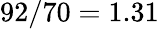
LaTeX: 92/70=1.31